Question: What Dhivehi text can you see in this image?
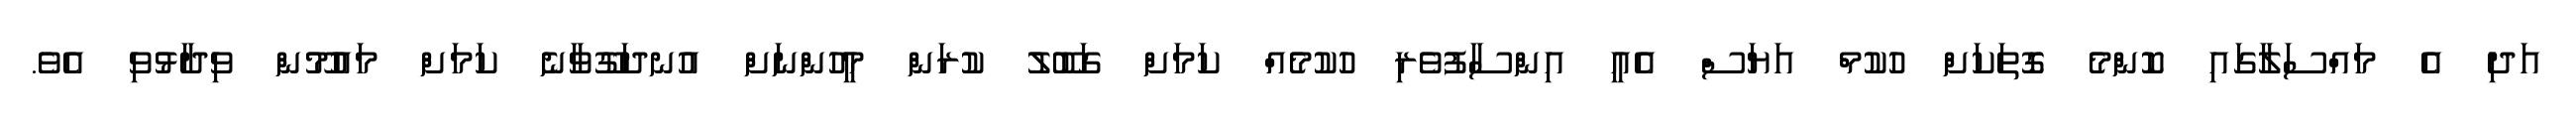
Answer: އަދި އެ މައްސަލާގައި ކޮންމެ ގޮތަކަށް ހުކުމް އަޔަސް އެއީ އިންސާފުވެރި ހުކުމެއް ކަމަށް ގަބޫލު ކުރަން މީހުންނަށް އުނދަގޫވާނެ ކަމަށް މައުމޫން ވިދާޅުވި އެވެ.